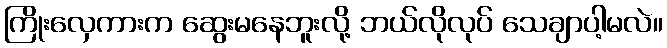
ကြိုးလှေကားက ဆွေးမနေဘူးလို့ ဘယ်လိုလုပ် သေချာပါ့မလဲ။